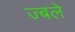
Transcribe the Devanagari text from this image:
ज्बले